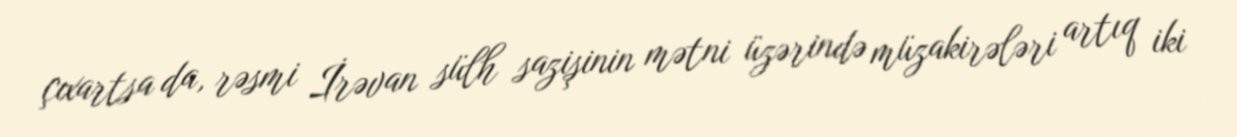
çıxartsa da, rəsmi İrəvan sülh sazişinin mətni üzərində müzakirələri artıq iki